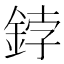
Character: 鋍